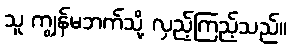
သူ ကျွန်မဘက်သို့ လှည့်ကြည့်သည်။